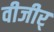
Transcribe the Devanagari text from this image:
वीजीर्